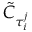
\Tilde { C } _ { \tau _ { i } ^ { j } }